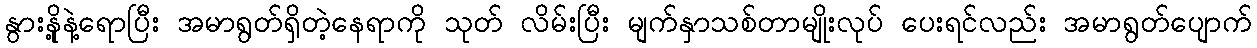
နွားနို့နဲ့ရောပြီး အမာရွတ်ရှိတဲ့နေရာကို သုတ် လိမ်းပြီး မျက်နှာသစ်တာမျိုးလုပ် ပေးရင်လည်း အမာရွတ်ပျောက်